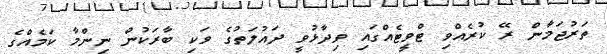
ތަރުޖަމާން ރޭ ކުރެއްވި ޓްވީޓެއްގައި ވިދާޅުވީ ދައުލަތުގެ ވަކި ބާރަކުން ނިންމާ ކަމެއްގެ